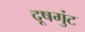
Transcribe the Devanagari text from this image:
दूषगुंट